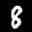
Label: 8